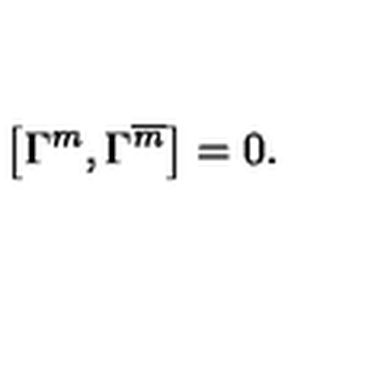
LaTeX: \left[ \Gamma ^ { m } , \Gamma ^ { \overline { { m } } } \right] = 0 \mathrm { . }